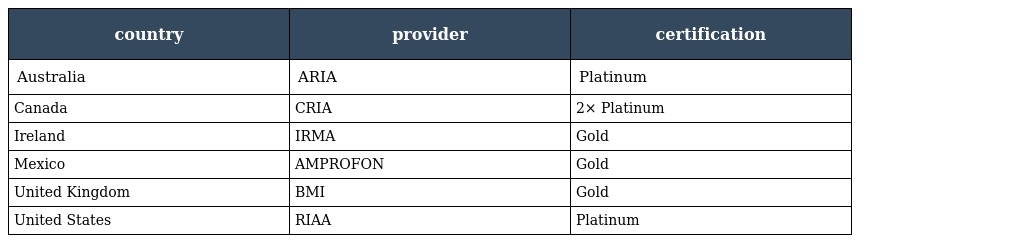
| country | provider | certification |
 | --- | --- | --- |
 | Australia | ARIA | Platinum |
 | Canada | CRIA | 2× Platinum |
 | Ireland | IRMA | Gold |
 | Mexico | AMPROFON | Gold |
 | United Kingdom | BMI | Gold |
 | United States | RIAA | Platinum |